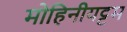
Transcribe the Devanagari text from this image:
मोहिनीयट्टम